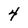
Character: 4